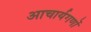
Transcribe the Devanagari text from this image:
आचार्यगणों